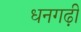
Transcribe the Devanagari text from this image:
धनगढ़ी